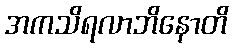
အကသိရလာဘိနောတိ